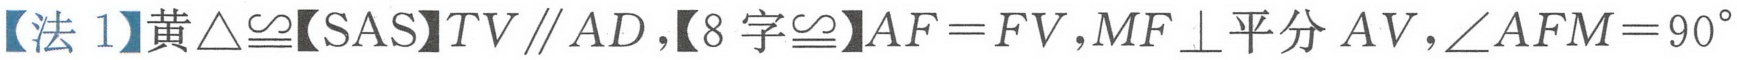
【法 1】黄\(\triangle\cong\)【SAS】\(TV\parallel AD\)，【8 字\(\cong\)】\(AF = FV\)，\(MF\perp\)平分 \(AV\)，\(\angle AFM = 90^{\circ}\)